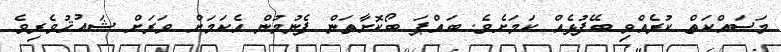
މަސައްކަތް ކުރެއްވި ބޭފުޅެއް ކަމަށެވެ. ބައްޕަ ބޯކޮށާތަން ފެނުމުން އެކަމަށް ވަރަށް ޝައުޤުވެރިވެ